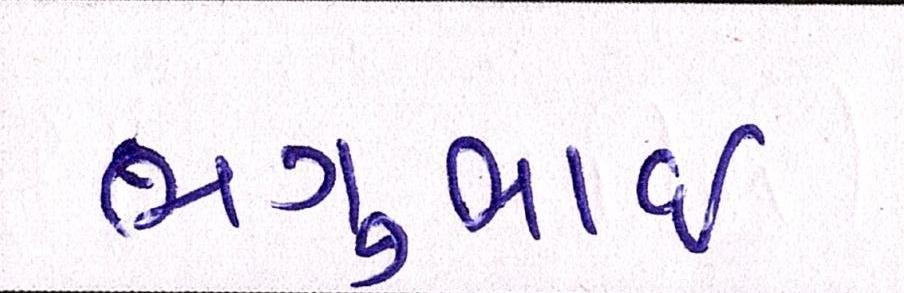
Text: ભગુભાઇ